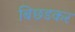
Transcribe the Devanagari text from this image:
बिछडकर